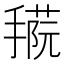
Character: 𢴝